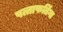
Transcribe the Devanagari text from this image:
पत्ताफतिंगा